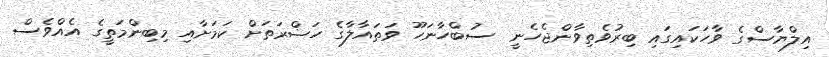
އިލްޔާސްގެ ވާހަކައިގައި ބިރުވެތިވާންޖެހެނީ  ސުބްހާނަހޫ ވަތައާލާގެ ހަޟްރަތަށް ކަމަށާއި މިބިންމަތީގެ އެއްވެސް